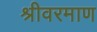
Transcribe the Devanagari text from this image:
श्रीवरमाण